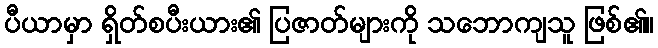
ပီယာမှာ ရှိတ်စပီးယား၏ ပြဇာတ်များကို သဘောကျသူ ဖြစ်၏။